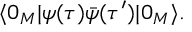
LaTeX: \langle 0 _ { M } | \psi ( \tau ) \bar { \psi } ( \tau ^ { \prime } ) | 0 _ { M } \rangle .